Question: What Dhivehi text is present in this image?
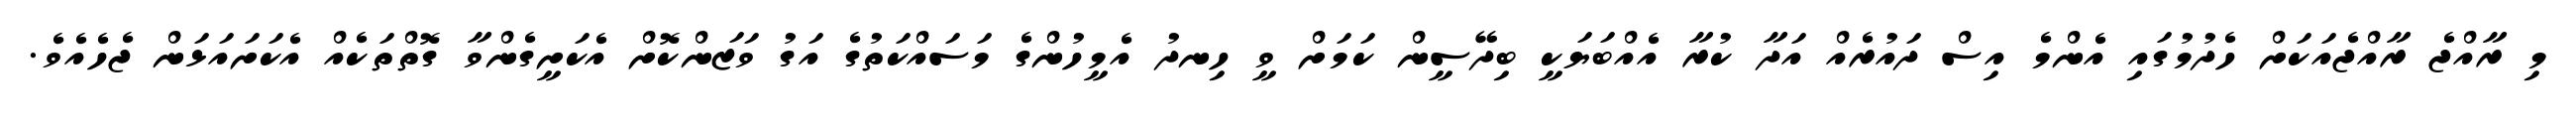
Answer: މި ރާއްޖެ ރާއްޖެއަކަށް ހެދުމުގައި އެންމެ އިސް ދައުރެއް އަދާ ކުރާ އެއްބަޔަކީ ބިދޭސީން ކަމަށް ވީ ހިނދު އެމީހުންގެ މަސައްކަތުގެ އަގު ވަޒަންކޮށް އެކަށީގެންވާ ގޮތްތަކެއް އެކަށައަޅަން ޖެހެއެވެ.